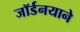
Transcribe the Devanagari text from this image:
जॉर्डनयाने